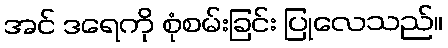
အင် ဒရေကို စုံစမ်းခြင်း ပြုလေသည်။